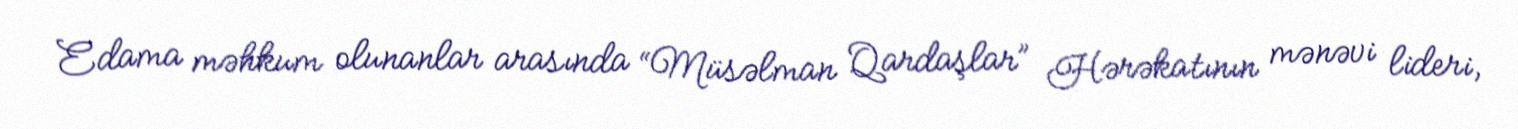
Edama məhkum olunanlar arasında “Müsəlman Qardaşlar” Hərəkatının mənəvi lideri,